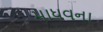
માધવના